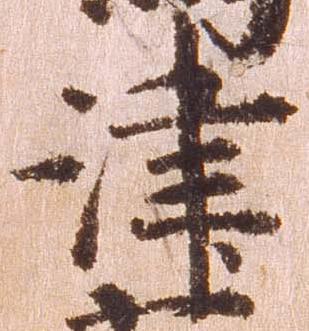
津